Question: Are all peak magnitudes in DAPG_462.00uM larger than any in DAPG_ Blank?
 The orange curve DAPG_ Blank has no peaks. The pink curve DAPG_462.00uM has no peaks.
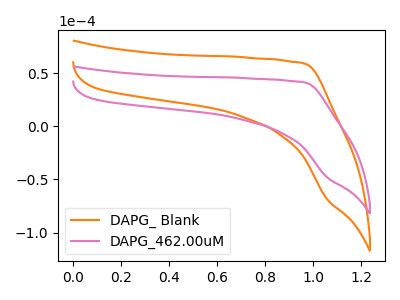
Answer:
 <answer>Niether CV has any peaks.</answer>
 <eval>blanks</eval>